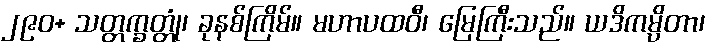
၂၉၀+ သတ္တက္ခတ္တုံ၊ ခုနစ်ကြိမ်။ မဟာပထဝီ၊ မြေကြီးသည်။ ယဒိကမ္ပိတာ၊